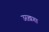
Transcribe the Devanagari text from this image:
उरख़गा